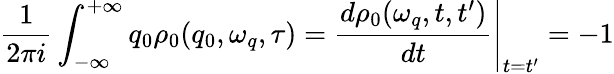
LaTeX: \frac{1}{2\pi i}\int_{-\infty}^{+\infty}q_{0}\rho_{0}(q_{0},\omega_{q},\tau)=\left.\frac{d\rho_{0}(\omega_{q},t,t^{\prime})}{dt}\right\vert_{t=t^{\prime}}=-1